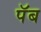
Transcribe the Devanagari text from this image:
पॅब